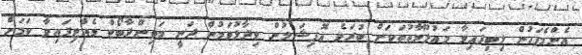
އެންމެފަހުން ލިބިފައިވާ މައުލޫމާތުތަކަށް ބުރަވެ އޮފިޝަލުން ވިދާޅުވަމުން ދަނީ މަތިންދާބޯޓް ވެއްޓިފައިވާ ކަމަށް